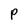
Character: P